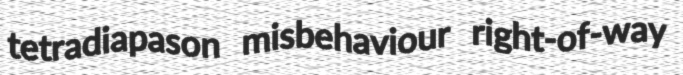
tetradiapason misbehaviour right-of-way